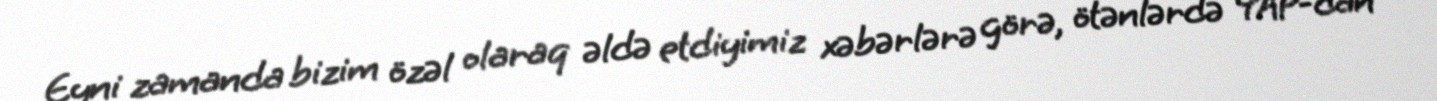
Eyni zamanda bizim özəl olaraq əldə etdiyimiz xəbərlərə görə, ötənlərdə YAP-dan